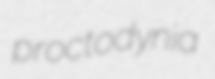
proctodynia